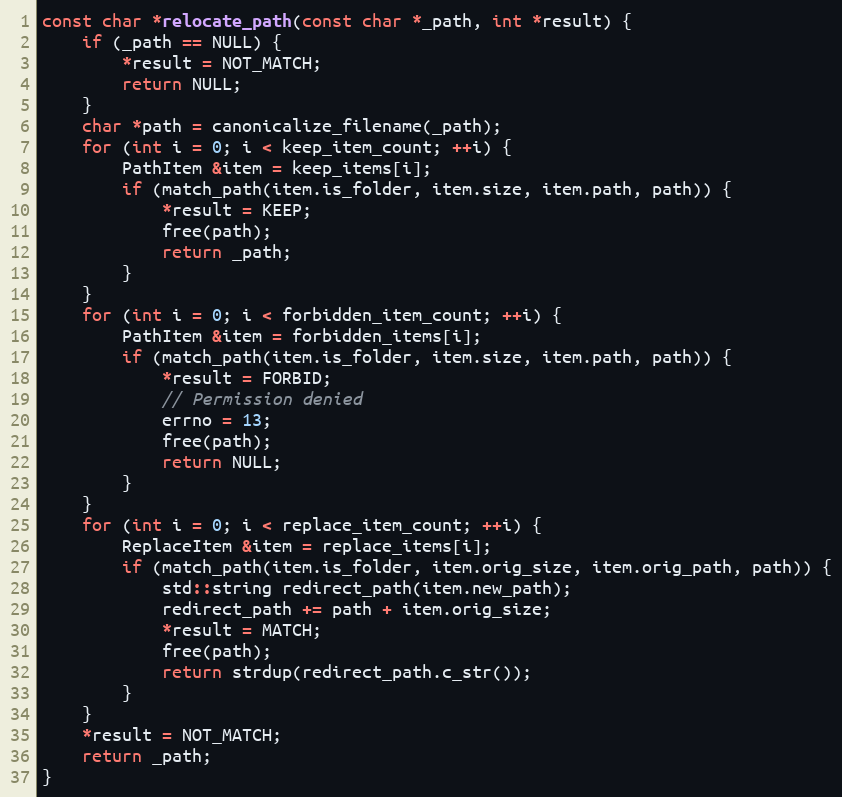
Language: C++
const char *relocate_path(const char *_path, int *result) {
    if (_path == NULL) {
        *result = NOT_MATCH;
        return NULL;
    }
    char *path = canonicalize_filename(_path);
    for (int i = 0; i < keep_item_count; ++i) {
        PathItem &item = keep_items[i];
        if (match_path(item.is_folder, item.size, item.path, path)) {
            *result = KEEP;
            free(path);
            return _path;
        }
    }
    for (int i = 0; i < forbidden_item_count; ++i) {
        PathItem &item = forbidden_items[i];
        if (match_path(item.is_folder, item.size, item.path, path)) {
            *result = FORBID;
            // Permission denied
            errno = 13;
            free(path);
            return NULL;
        }
    }
    for (int i = 0; i < replace_item_count; ++i) {
        ReplaceItem &item = replace_items[i];
        if (match_path(item.is_folder, item.orig_size, item.orig_path, path)) {
            std::string redirect_path(item.new_path);
            redirect_path += path + item.orig_size;
            *result = MATCH;
            free(path);
            return strdup(redirect_path.c_str());
        }
    }
    *result = NOT_MATCH;
    return _path;
}